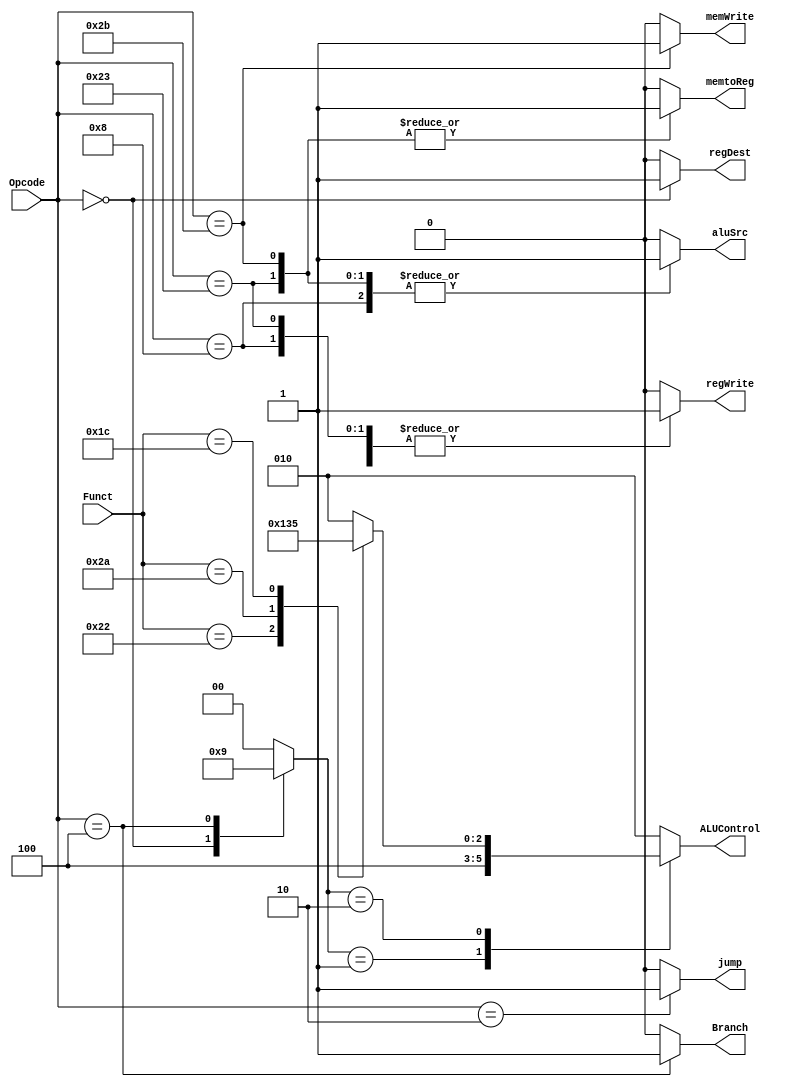
module Control_Unit (
input   wire    [5:0]   Opcode,
input   wire    [5:0]   Funct,
output  reg     [2:0]   ALUControl,
output  reg             jump,
output  reg             memWrite,
output  reg             regWrite,
output  reg             regDest,
output  reg             aluSrc,
output  reg             memtoReg,
output  reg             Branch
);


// internal signals
reg [1:0]   ALUOp ;

localparam  loadWord      = 6'b10_0011,
            storeWord     = 6'b10_1011,
            rType         = 6'b00_0000,
            addImmediate  = 6'b00_1000,
            branchIfEqual = 6'b00_0100,
            jump_inst     = 6'b00_0010;

localparam  add = 6'b10_0000,
            sub = 6'b10_0010,
            slt = 6'b10_1010,
            mul = 6'b01_1100;

// Main Decoder
always @(*)
 begin
 jump     = 1'b0;
 memWrite = 1'b0;
 regWrite = 1'b0;
 regDest  = 1'b0;
 aluSrc   = 1'b0;
 memtoReg = 1'b0;
 Branch   = 1'b0;
 ALUOp      = 2'b00;
    case(Opcode)
    loadWord:      begin
                    regWrite = 1'b1;
                    aluSrc   = 1'b1;
                    memtoReg = 1'b1;
                end
    storeWord:     begin
                    memWrite = 1'b1;
                    aluSrc   = 1'b1;
                    memtoReg = 1'b1;
                end
    rType:         begin
                    ALUOp      = 2'b10;
                    regWrite = 1'b1;
                    regDest  = 1'b1;
                end
    addImmediate:  begin
                    regWrite = 1'b1;
                    aluSrc   = 1'b1;
                end
    branchIfEqual: begin
                    ALUOp    = 2'b01;
                    Branch = 1'b1;
                end
    jump_inst:     begin
                    jump = 1'b1;
                end
    default :      begin
                    jump     = 1'b0;
                    memWrite = 1'b0;
                    regWrite = 1'b0;
                    regDest  = 1'b0;
                    aluSrc   = 1'b0;
                    memtoReg = 1'b0;
                    Branch   = 1'b0;
                    ALUOp      = 2'b00;
                end
    endcase
 end

// ALU Decoder
always @(*)
 begin
   case(ALUOp)
   2'b00: ALUControl = 3'b010;
   2'b01: ALUControl = 3'b100;
   2'b10: begin
            case(Funct)
            add: ALUControl = 3'b010;
            sub: ALUControl = 3'b100;
            slt: ALUControl = 3'b110;
            mul: ALUControl = 3'b101;
            default: ALUControl = 3'b010;
            endcase
        end
   default: ALUControl = 3'b010;
   endcase
 end

endmodule